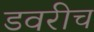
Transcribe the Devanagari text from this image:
डवरीच